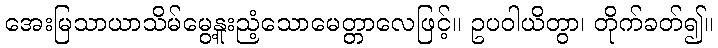
အေးမြသာယာသိမ်မွေ့နူးညံ့သောမေတ္တာလေဖြင့်။ ဥပဝါယိတွာ၊ တိုက်ခတ်၍။